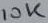
Text: 10K